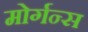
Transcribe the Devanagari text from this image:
मोर्गन्स